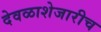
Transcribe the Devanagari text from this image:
देवळाशेजारीच